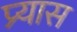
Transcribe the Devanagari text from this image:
प्र्यास